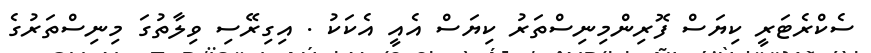
ސެކްރެޓަރީ ކިޔަސް ފޮރިންމިނިސްތަރު ކިޔަސް އެއީ އެކަކު . އިގިރޭސި ވިލާތުގަ މިނިސްތަރުގެ